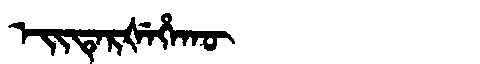
Manchu: ᡝᡳᡨᡝᡵᡧᡝᡥᠠᡴᡡ
Romanization: EITERŠEHAKŪ